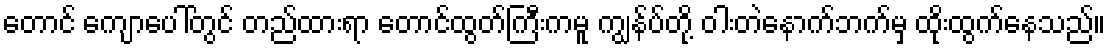
တောင် ကျောပေါ်တွင် တည်ထားရာ တောင်ထွတ်ကြီးကမူ ကျွန်ပ်တို့ ဝါးတဲနောက်ဘက်မှ ထိုးထွက်နေသည်။